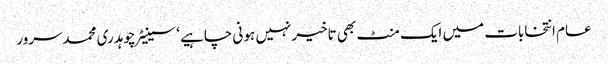
عام انتخابات میں ایک منٹ بھی تاخیرنہیں ہو نی چاہیے ‘ سینیٹرچوہدری محمدسرور